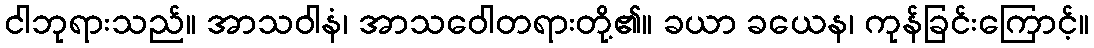
ငါဘုရားသည်။ အာသဝါနံ၊ အာသဝေါတရားတို့၏။ ခယာ ခယေန၊ ကုန်ခြင်းကြောင့်။